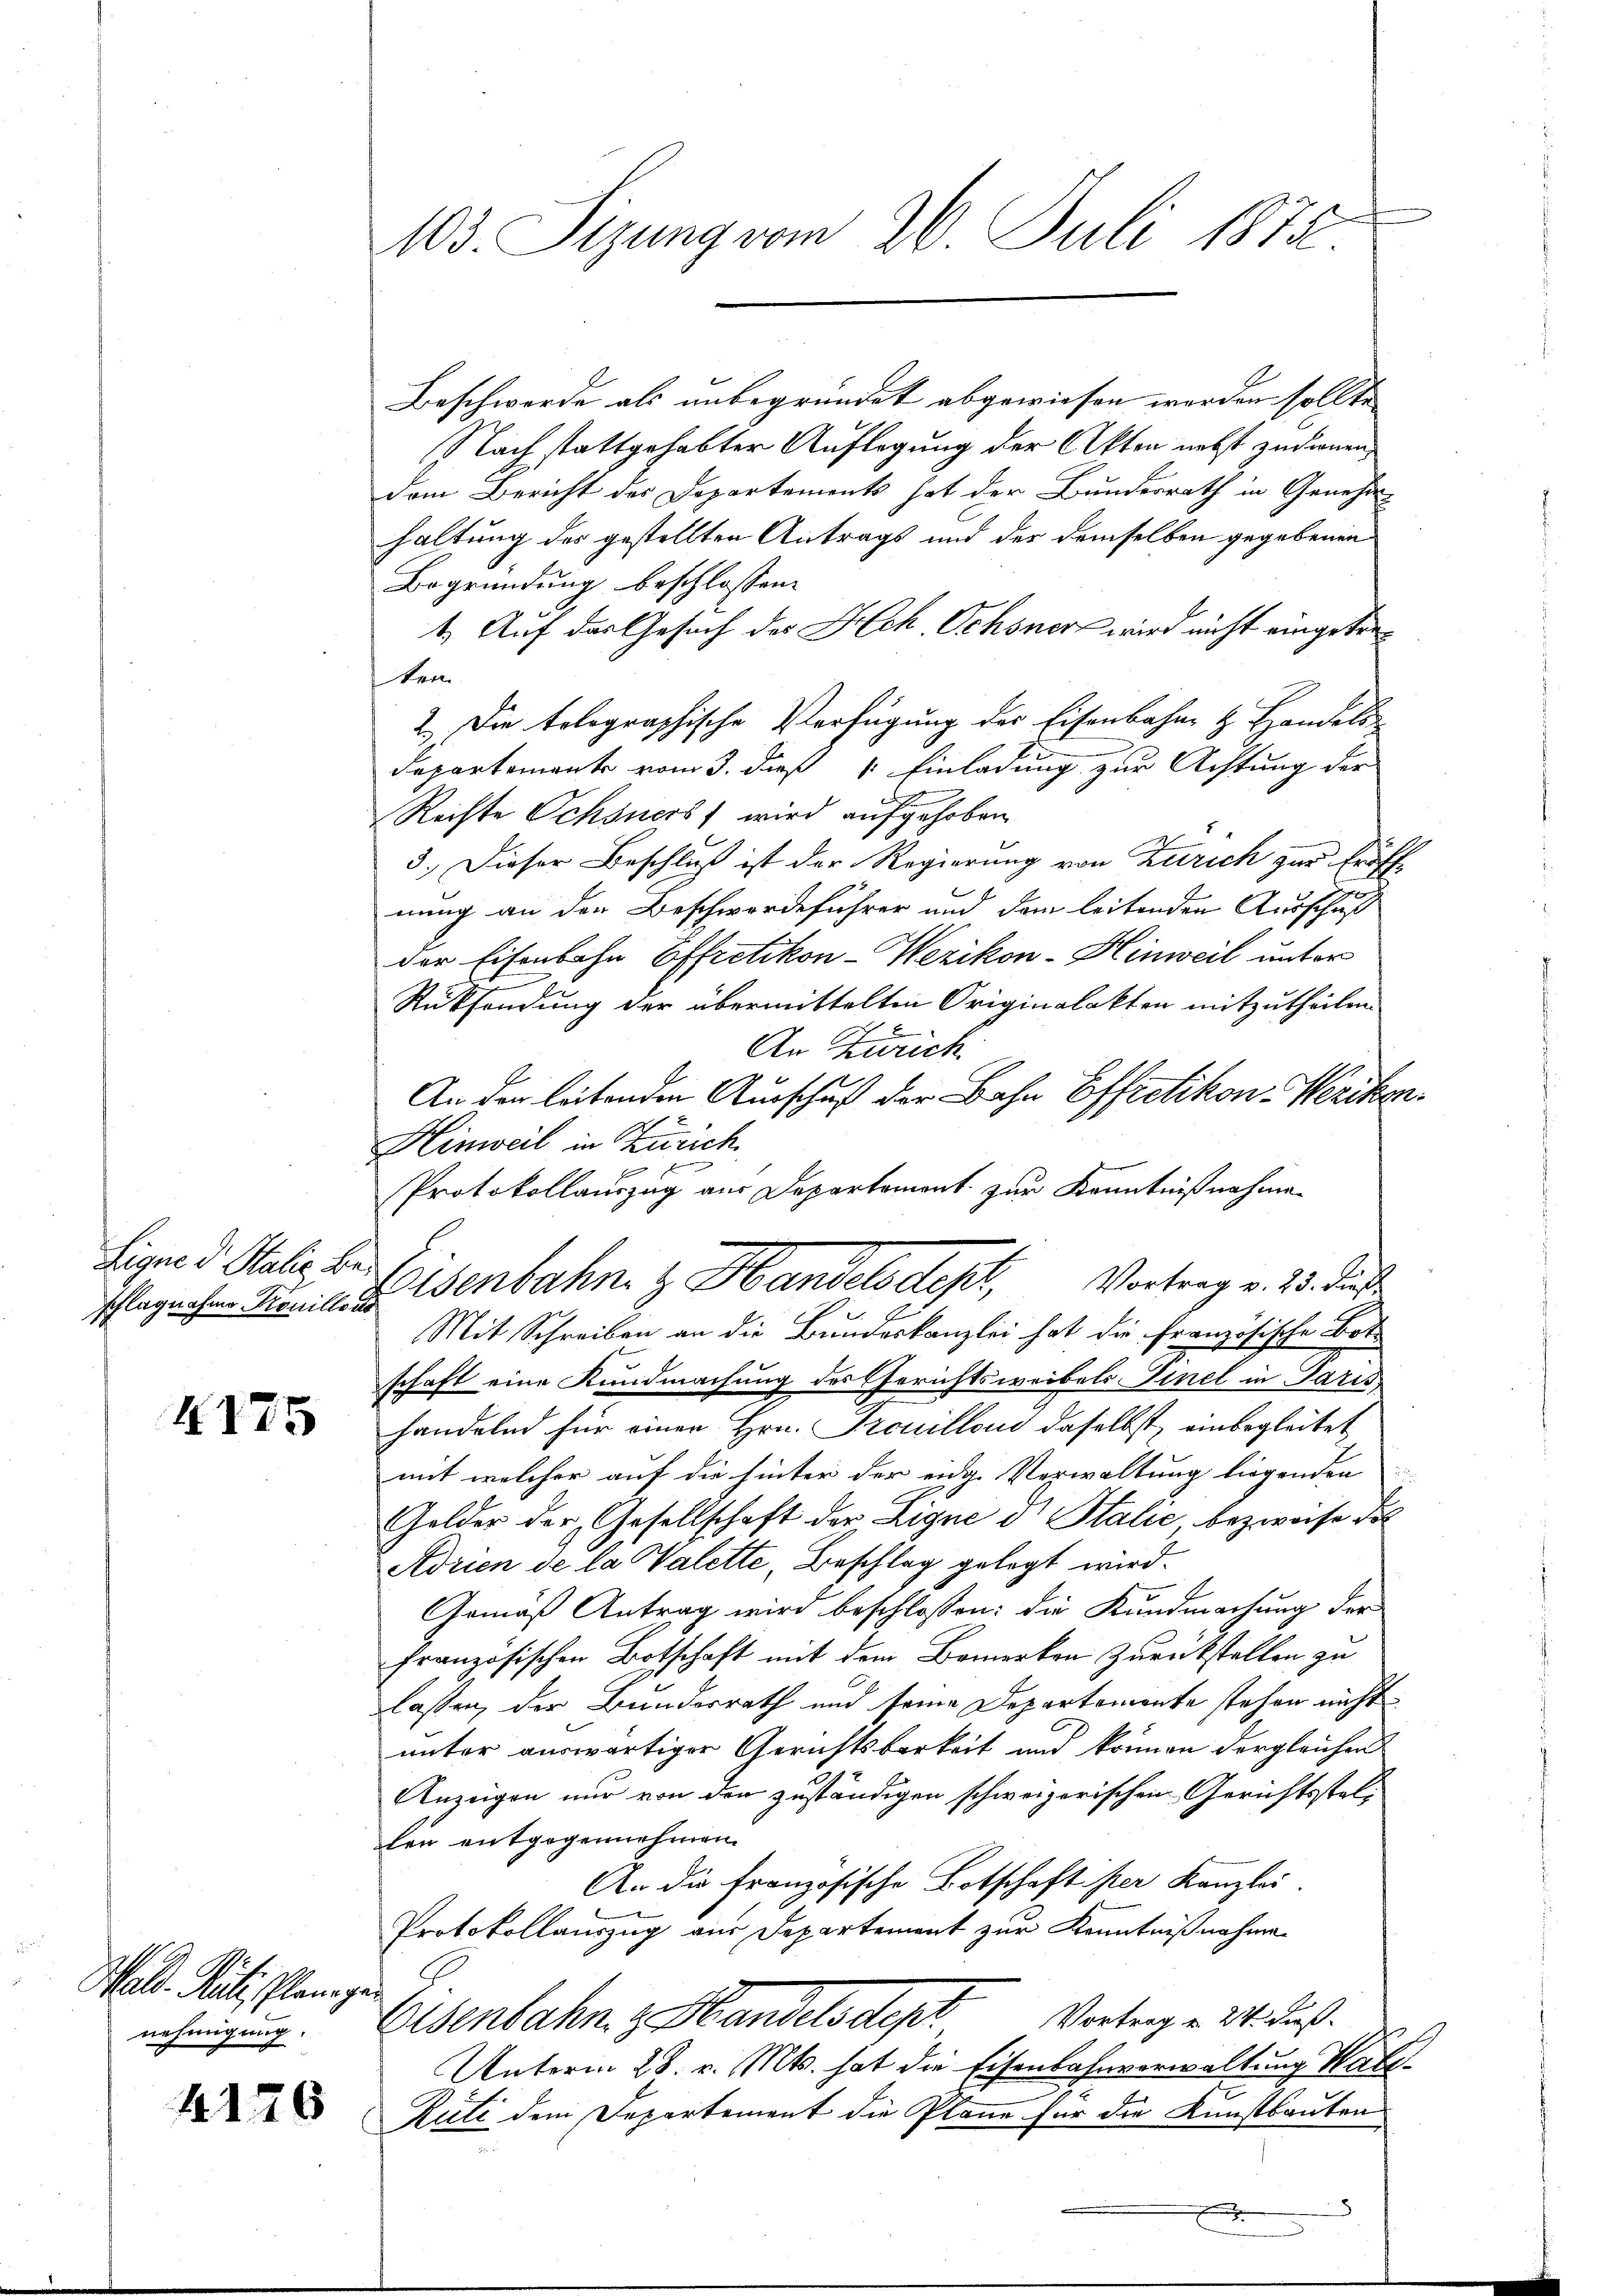
schlagnahme Konillons

4175

Wald. Rüti Plan gen
nehmigung.

4176

103. Sizung vom 26. Juli 1875.

Beschwerde als unbegründet abgewiesen worden sollte |
Nach stattgehabter Auflegung der Akten nebst zudienen,
dem Bericht des Departements hat der Bundesrath in Genehm
haltung des gestellten Antrags und der demselben gegebenen
Begründung beschlossen:
1. Auf das Gesuch der Hch. Ochsner wird nicht eingetreten
2.) Die tolographische Verfügung der Eisenbahne & Handels
Departemente vom 3. daß 1. Einladung zur Achtung der
Reiste Schöners wird aufgehoben
3.) Dieser Beschluß ist der Regierung von Zürich zur Eröff-
s
nung an der Beschwerdeführer und dem leitenden Ausschuß
der Eisenbahn Effretikon-Wezikon - Hinweil unter
Rücksendung der übermittelten Originalakten mitzutheilen.
An Zürich
An der leitenden Ausschuß der Bahn Effretikon-Wezikon.
Hinweil in Zürich
g
Protokollauszug aus Departement zur Kenntnißnahme
Mit Schreiben an die Bundeskanzlei hat die Französische Botschaft eine Kundmachung des Gerichtsweibels Sinel in Paris
handelnd für einer Hrn. Trouillons daselbst, einbegleitet,
mit welcher auf die hinter der eidg. Verwaltung liegenden
Gelder der Gesellschaft der Eigne der Stalić bezweise vol
Adrien de la Valette, Beschlag gelegt wird.
Gemäß Antrag wird beschlossen: die Kundmachung der
französischen Botschaft mit dem Bemerken Zurückstellen zu
laßen, der Bundesrath und seine Departemente stehen nicht
unter auswärtiger Gerichtsbarkeit und können dergleichen
Anzeigen nur von den zuständigen schweizerischen Gerichtsstellen entgegennehmen.
An die Französische Botschaft ster Kanzlei.
Protokollauszug aus Departement zur Kenntnißnahme
Eisenbahn, z. Handelsdept Vortrag v. M. dieß.
Unterm 28. v. Mts. hat die Eisenbahnverwaltung Kall¬
Ruti dem Departement die Pläne für die Kunstbauten
8
x

tigen d. Statis der Eisenbahn. z. Handelsdept, Vortrag v. 13. dies